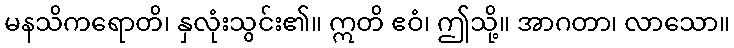
မနသိကရောတိ၊ နှလုံးသွင်း၏။ ဣတိ ဧဝံ၊ ဤသို့။ အာဂတာ၊ လာသော။